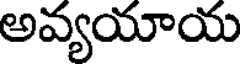
అవ్యయాయ